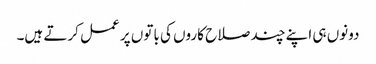
دونوں ہی اپنے چند صلاح کاروں کی باتوں پر عمل کرتے ہیں۔